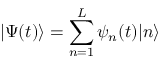
| \Psi ( t ) \rangle = \sum _ { n = 1 } ^ { L } \psi _ { n } ( t ) | n \rangle